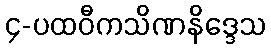
၄-ပထဝီကသိဏနိဒ္ဒေသ